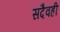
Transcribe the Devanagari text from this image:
सदैवही